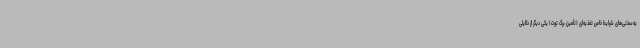
به‌سختی‌های شرایط خاص تغذیه‌ای (تأمین برگ توت) یکی دیگر از دلایلی